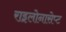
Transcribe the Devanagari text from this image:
राइलोनासेप्ट